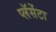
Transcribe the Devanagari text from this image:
प्लॅसेंटा